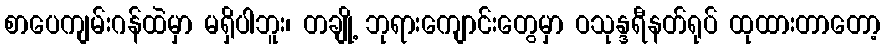
စာပေကျမ်းဂန်ထဲမှာ မရှိပါဘူး၊ တချို့ ဘုရားကျောင်းတွေမှာ ဝသုန္ဒရီနတ်ရုပ် ထုထားတာတော့